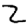
Digit: 2